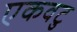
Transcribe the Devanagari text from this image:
एकवटु